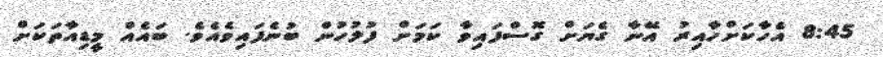
8:45 އެހާކަށްހާއިރު އޭނާ ގެޔަށް ގޮސްފައިވާ ކަމަށް ފުލުހުން ބުނެފައިވެއެވެ. ބައެއް މީޑިއާތަކަށް